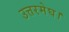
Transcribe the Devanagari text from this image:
उत्तरमेघ।